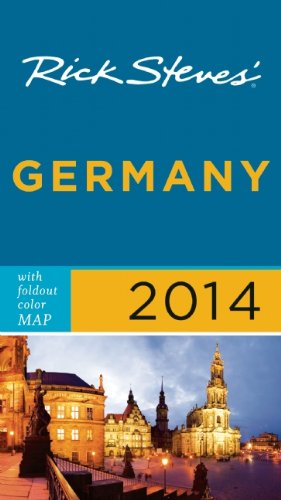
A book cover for Rick Steves' Germany 2014; Rick Steves; Travel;